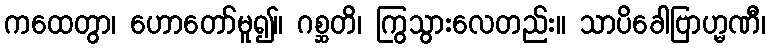
ကထေတွာ၊ ဟောတော်မူ၍။ ဂစ္ဆတိ၊ ကြွသွားလေတည်း။ သာပိခေါဗြာဟ္မဏီ၊